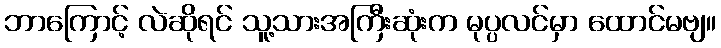
ဘာကြောင့် လဲဆိုရင် သူ့သားအကြီးဆုံးက မုပ္ပလင်မှာ ထောင်မဗျ။